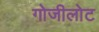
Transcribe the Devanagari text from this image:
गोजीलोट